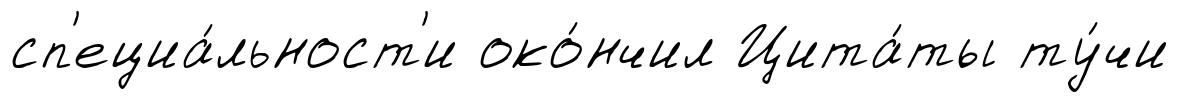
сп'ециа́льност'и око́нчил Цита́ты ту́чи